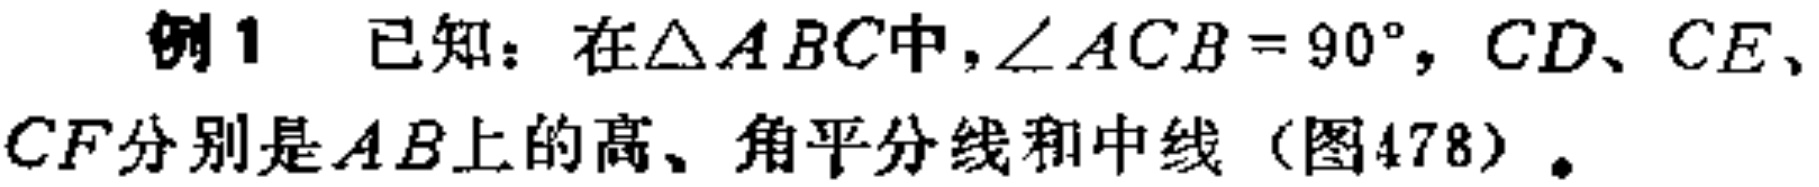
例1 已知：在\(\triangle ABC\)中，\(\angle ACB = 90^{\circ}\)，\(CD\)、\(CE\)、\(CF\)分别是\(AB\)上的高、角平分线和中线（图478）。